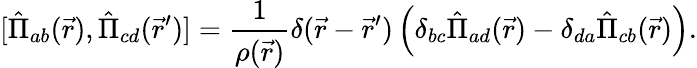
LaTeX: [\hat{\Pi}_{ab}(\vec{r}),\hat{\Pi}_{cd}(\vec{r}^{\prime})]=\frac{1}{\rho(\vec{r})}\delta(\vec{r}-\vec{r}^{\prime})\left(\delta_{bc}\hat{\Pi}_{ad}(\vec{r})-\delta_{da}\hat{\Pi}_{cb}(\vec{r})\right).